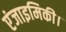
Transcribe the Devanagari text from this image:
एंजाइमिकी।